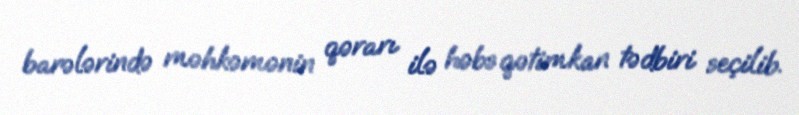
barələrində məhkəmənin qərarı ilə həbs qətimkan tədbiri seçilib.